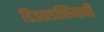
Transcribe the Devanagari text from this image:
डिझाइनिंगची